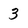
Character: 3